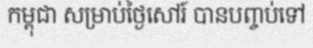
កម្ពុជា សម្រាប់ថ្ងៃសៅរ៍ បានបញ្ចប់ទៅ